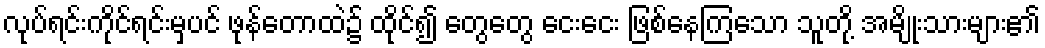
လုပ်ရင်းကိုင်ရင်းမှပင် ဖုန်တောထဲ၌ ထိုင်၍ တွေတွေ ငေးငေး ဖြစ်နေကြသော သူတို့ အမျိုးသားများ၏